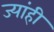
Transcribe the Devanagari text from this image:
ज्यांही